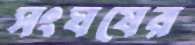
সংঘষের